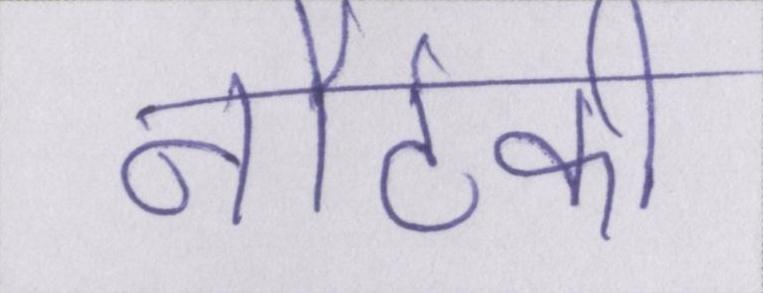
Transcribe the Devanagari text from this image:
नौटंकी